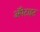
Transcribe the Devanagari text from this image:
अॅपेटाइट